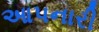
આપનારી